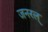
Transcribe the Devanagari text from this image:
जनरल्